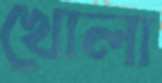
খোলা